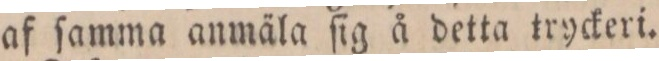
af ſamma anmäla ſig å detta tryckeri.